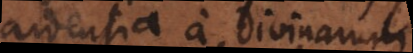
ardentia a divinarum